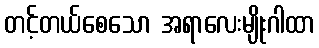
တင့်တယ်စေသော အရာလေးမျိုးဂါထာ